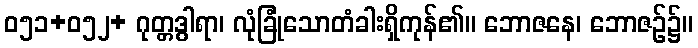
ဝ၅၁+၀၅၂+ ဂုတ္တဒွါရာ၊ လုံခြုံသောတံခါးရှိကုန်၏။ ဘောဇနေ၊ ဘောဇဉ်၌။